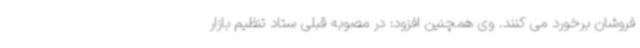
فروشان برخورد می کنند. وی همچنین افزود: در مصوبه قبلی ستاد تنظیم بازار